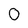
Character: 0